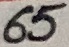
Text: 65